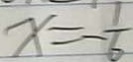
x = - \frac { 1 } { 6 }